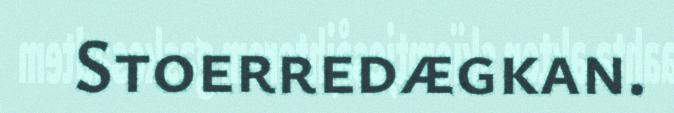
Stoerredægkan.